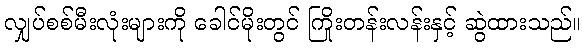
လျှပ်စစ်မီးလုံးများကို ခေါင်မိုးတွင် ကြိုးတန်းလန်းနှင့် ဆွဲထားသည်။